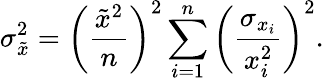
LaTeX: \sigma_{\tilde{x}}^{2}=\bigg(\frac{\tilde{x}^{2}}{n}\bigg)^{2}\sum_{i=1}^{n}\bigg(\frac{\sigma_{x_{i}}}{x_{i}^{2}}\bigg)^{2}.